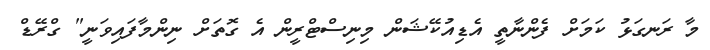
މާ ރަނގަޅު ކަމަށް ފެންނާތީ އެޑިއުކޭޝަން މިނިސްޓްރީން އެ ގޮތަށް ނިންމާފައިވަނީ" ގްރޭޑް